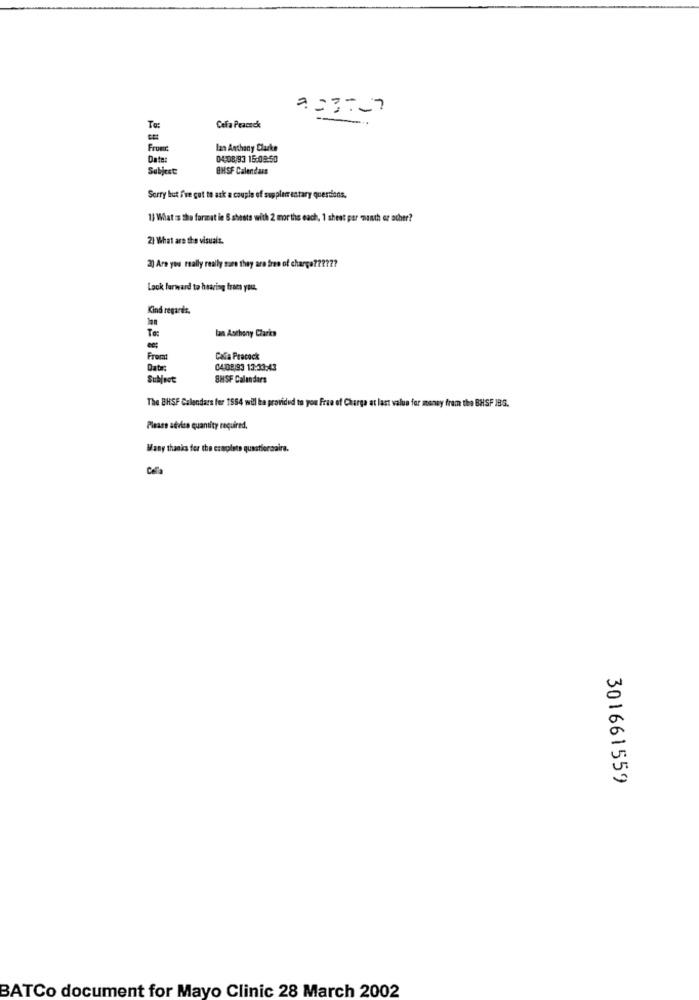
003-17
To:
Cela Peacock
From:
lan Anthony Clarke
Date:
04:08/93 15:09:50
Subjest
BHSF Calendars
Sorry but i've got to ask a couple of supplementary questions.
1) What is the format le & sheets with 2 months each, 1 sheet per month er ocher?
2) What are the visuals.
2) Are you really really sure they are free of charge ??????
Look forward to hearing from you.
Kind regards.
To:
lan Anthony Clarke
ec;
Frecat
Caffa Peacock
Date:
04-08/93 13:33:43
Subfoot
SHSF Calendars
The BHSF Calendars fer 1984 will ba provided to you free of Charge at last value for money from the BHSF IBG.
Please advise quantity required.
Wany thanks for the craplets questionnaire.
Cella
301661559
BATCo document for Mayo Clinic 28 March 2002